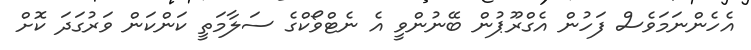
އެހެންނަމަވެސް ފަހުން އެގްރޫޕުން ބޭނުންވީ އެ ނެޓްވޯކްގެ ސަލާމަތީ ކަންކަން ވަރުގަދަ ކޮށް